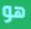
هو